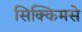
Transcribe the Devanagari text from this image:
सिक्किमसे